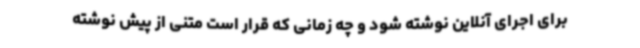
برای اجرای آنلاین نوشته شود و چه زمانی که قرار است متنی از پیش نوشته